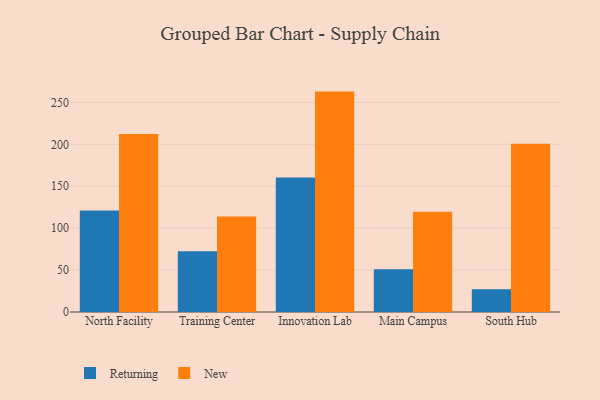
{"axis": {"x": "Campus", "y": "Operating Costs (USD K)"}, "legend": ["New", "Returning"], "data": [{"x": "North Facility", "y": 121.1, "type": "Returning"}, {"x": "North Facility", "y": 212.3, "type": "New"}, {"x": "Training Center", "y": 72.5, "type": "Returning"}, {"x": "Training Center", "y": 113.9, "type": "New"}, {"x": "Innovation Lab", "y": 160.4, "type": "Returning"}, {"x": "Innovation Lab", "y": 262.9, "type": "New"}, {"x": "Main Campus", "y": 50.9, "type": "Returning"}, {"x": "Main Campus", "y": 119.6, "type": "New"}, {"x": "South Hub", "y": 27.1, "type": "Returning"}, {"x": "South Hub", "y": 200.7, "type": "New"}]}